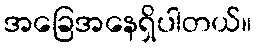
အခြေအနေရှိပါတယ်။